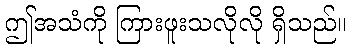
ဤအသံကို ကြားဖူးသလိုလို ရှိသည်။